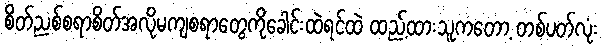
စိတ်ညစ်စရာစိတ်အလိုမကျစရာတွေကိုခေါင်းထဲရင်ထဲ ထည့်ထားသူကတော့ တစ်ပတ်လုံး